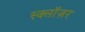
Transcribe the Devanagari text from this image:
स्क्लॉज़र